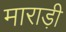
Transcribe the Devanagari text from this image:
माराड़ी